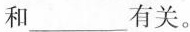
和___有关。